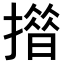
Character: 𢵄